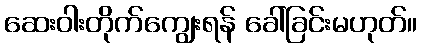
ဆေးဝါးတိုက်ကျွေးရန် ခေါ်ခြင်းမဟုတ်။